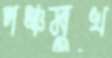
পঞ্চমুখ